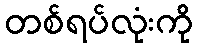
တစ်ရပ်လုံးကို